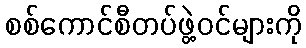
စစ်ကောင်စီတပ်ဖွဲ့ဝင်များကို